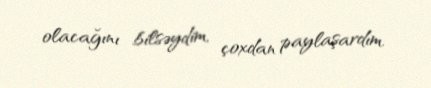
olacağını bilsəydim, çoxdan paylaşardım.